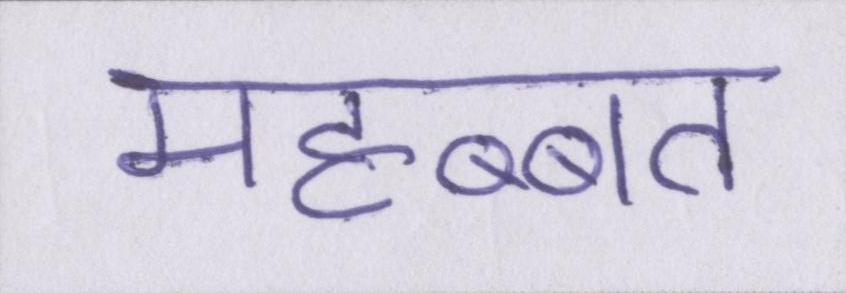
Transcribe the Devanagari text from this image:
महब्बत